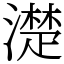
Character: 濋